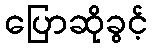
ပြောဆိုခွင့်